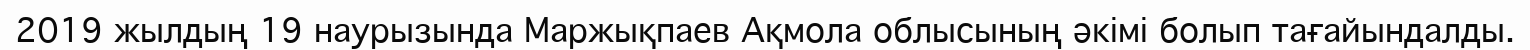
2019 жылдың 19 наурызында Маржықпаев Ақмола облысының әкімі болып тағайындалды.